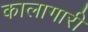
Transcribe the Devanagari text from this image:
कालागारी